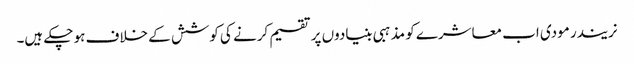
نریندر مودی اب معاشرے کو مذہبی بنیادوں پر تقسیم کرنے کی کوشش کے خلاف ہو چکے ہیں۔